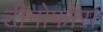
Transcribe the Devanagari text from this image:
टीनोफोरा